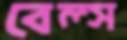
বেল্স